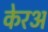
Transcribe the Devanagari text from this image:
केरअ